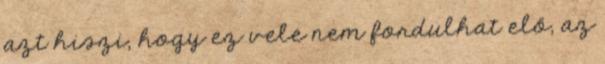
azt hiszi, hogy ez vele nem fordulhat elő, az